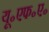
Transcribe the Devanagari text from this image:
यू॰एफ॰ए॰